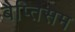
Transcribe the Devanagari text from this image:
बैप्तिसम